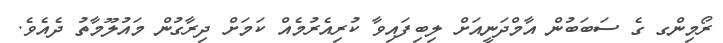
ރޯމިންގ ގެ ސަބަބުން އާމްދަނީއަށް ލިބިފައިވާ ކުރިއެރުމެއް ކަމަށް ދިރާގުން މައުލޫމާތު ދެއެވެ.